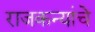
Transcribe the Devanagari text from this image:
राजकन्यांचे